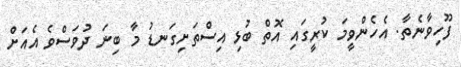
ފޫހިވާނެތާ. އެހެންވީމަ ކުރީގައި އޮތް ބުޅި އިސްތަށިގަނޑު މާ ބިނަ ދުވަސްވެ އެއަށް